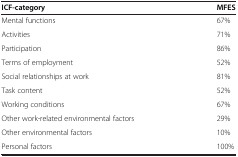
<table><thead><tr><td><b>ICF-category</b></td><td><b>MFES</b></td></tr></thead><tbody><tr><td>Mental functions</td><td>67%</td></tr><tr><td>Activities</td><td>71%</td></tr><tr><td>Participation</td><td>86%</td></tr><tr><td>Terms of employment</td><td>52%</td></tr><tr><td>Social relationships at work</td><td>81%</td></tr><tr><td>Task content</td><td>52%</td></tr><tr><td>Working conditions</td><td>67%</td></tr><tr><td>Other work-related environmental factors</td><td>29%</td></tr><tr><td>Other environmental factors</td><td>10%</td></tr><tr><td>Personal factors</td><td>100%</td></tr></tbody></table>